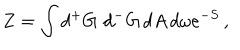
LaTeX: Z = \int d { ^ + G } \, \, d { ^ - G } \, d A \, d \omega e ^ { - S } \, ,